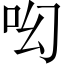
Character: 𠯻